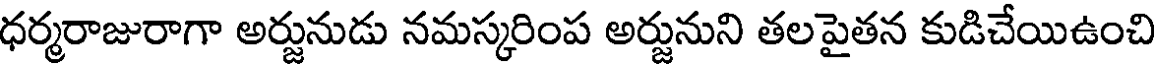
ధర్మరాజురాగా అర్జునుడు నమస్కరింప అర్జునుని తలపైతన కుడిచేయిఉంచి